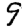
Digit: 9